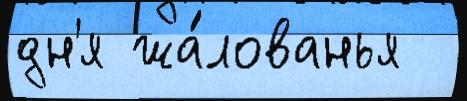
дн'я жа́лованья